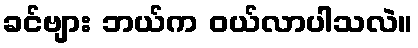
ခင်ဗျား ဘယ်က ဝယ်လာပါသလဲ။